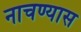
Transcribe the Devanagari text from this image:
नाचण्यास